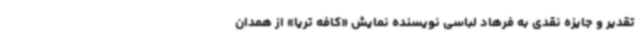
تقدیر و جایزه نقدی به فرهاد لباسی نویسنده نمایش «کافه تریا» از همدان